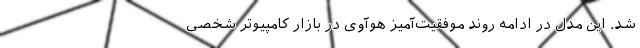
شد. این مدل در ادامه روند موفقیت‌آمیز هوآوی در بازار کامپیوتر شخصی